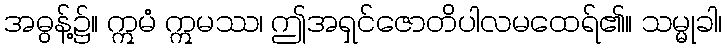
အဓွန့်၌။ ဣမံ ဣမဿ၊ ဤအရှင်ဇောတိပါလမထေရ်၏။ သမ္မုခါ၊